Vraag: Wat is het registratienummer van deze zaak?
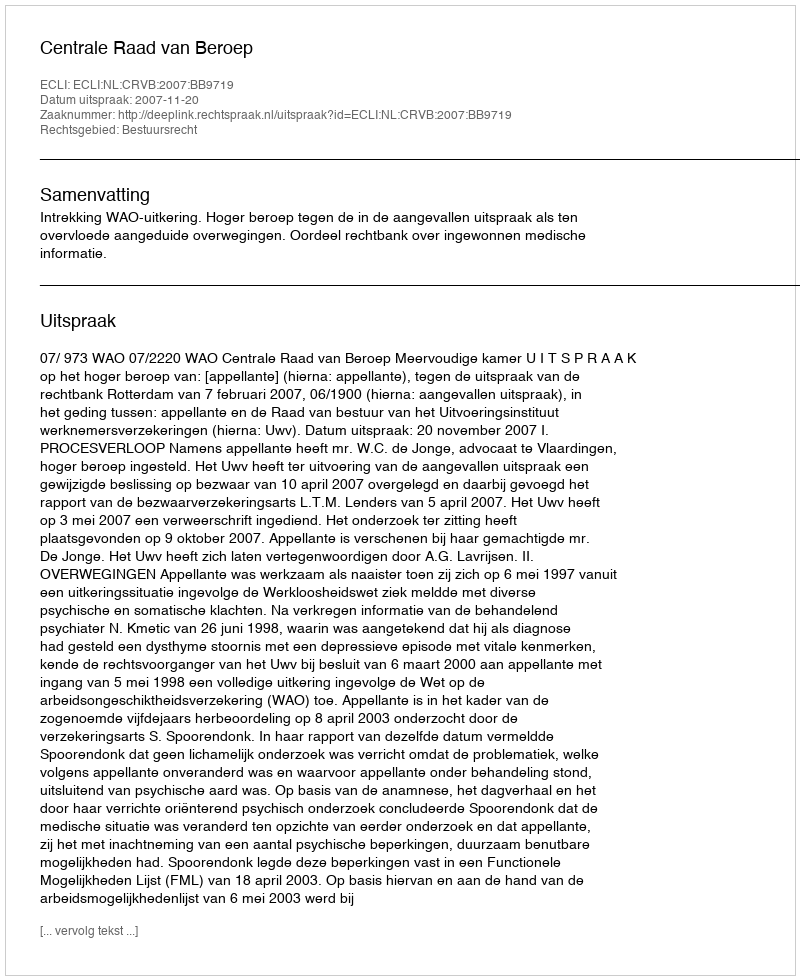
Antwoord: http://deeplink.rechtspraak.nl/uitspraak?id=ECLI:NL:CRVB:2007:BB9719